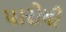
પારોધી